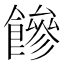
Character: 𩞀